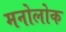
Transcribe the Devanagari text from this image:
मनोलोक